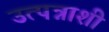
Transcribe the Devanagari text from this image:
उत्पन्नाशी